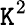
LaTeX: \mathtt{K}^{2}